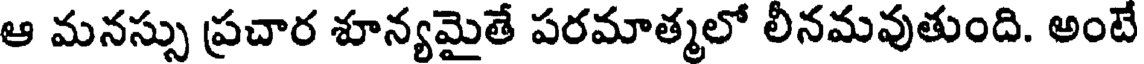
ఆ మనస్సు ప్రచార శూన్యమైతే పరమాత్మలో లీనమవుతుంది. అంటే